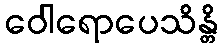
ဝေါရောပေသိန္တိ